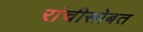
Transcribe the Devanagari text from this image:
रांचीसोबत